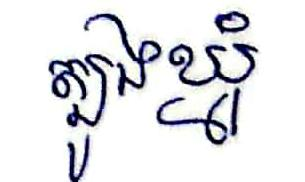
ត្បូងឃ្មុំ